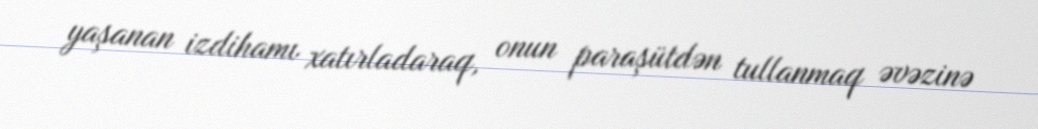
yaşanan izdihamı xatırladaraq, onun paraşütdən tullanmaq əvəzinə